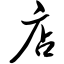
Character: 店